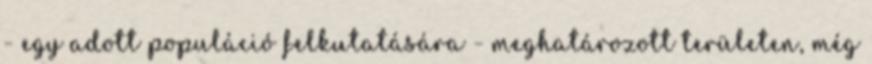
- egy adott populáció felkutatására - meghatározott területen, még